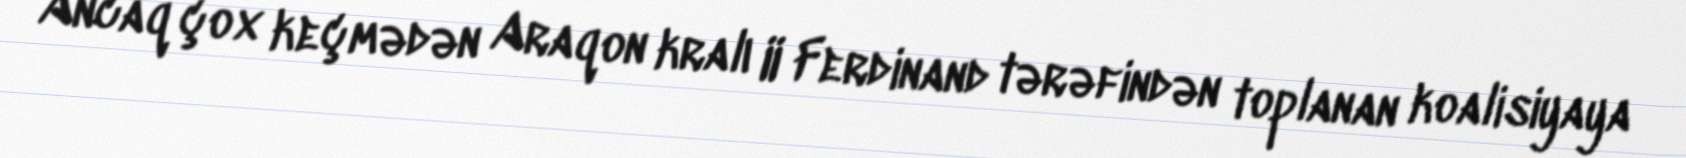
Ancaq çox keçmədən Araqon kralı II Ferdinand tərəfindən toplanan koalisiyaya